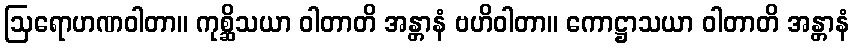
ဩရောဟဏဝါတာ။ ကုစ္ဆိသယာ ဝါတာတိ အန္တာနံ ဗဟိဝါတာ။ ကောဋ္ဌာသယာ ဝါတာတိ အန္တာနံ